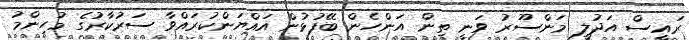
ރައީސް އަދުލީ މަންސޫރު ވަނީ ތިން އަންހެން ބޭފުޅުން އައްޔަންކުރައްވާ ސަރުކާރުގެ މުހިންމު